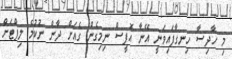
މި ހާދިސާ ހިނގާފައިވަނީ އޭނާ އޮފީސް ނިމިގެން ގެއަށް ދާން ނުކުމެ ލިފްޓަށް